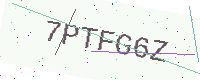
Text: 7PTFG6Z